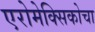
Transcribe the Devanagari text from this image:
एरोमेक्सिकोचा